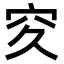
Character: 𥤯